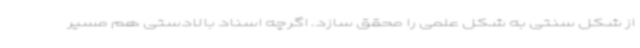
از شکل سنتی به شکل علمی را محقق سازد. اگرچه اسناد بالادستی هم مسیر